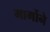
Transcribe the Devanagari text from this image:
मार्गोने